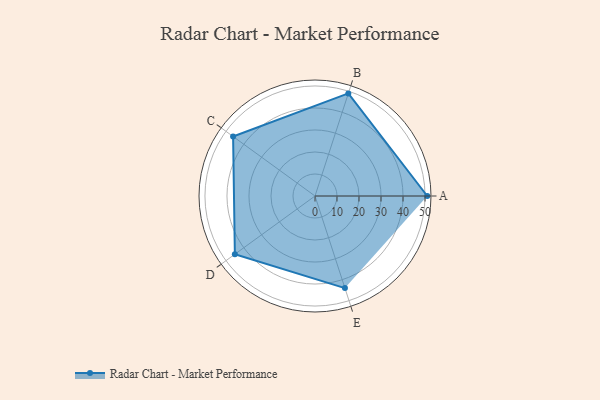
{"axis": {"x": "Skill", "y": "Score"}, "legend": ["Profile"], "data": [{"x": "A", "y": 51.0, "type": "Profile"}, {"x": "B", "y": 49.0, "type": "Profile"}, {"x": "C", "y": 46.0, "type": "Profile"}, {"x": "D", "y": 45.0, "type": "Profile"}, {"x": "E", "y": 44.0, "type": "Profile"}]}